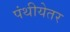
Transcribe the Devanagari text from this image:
पंथीयेतर